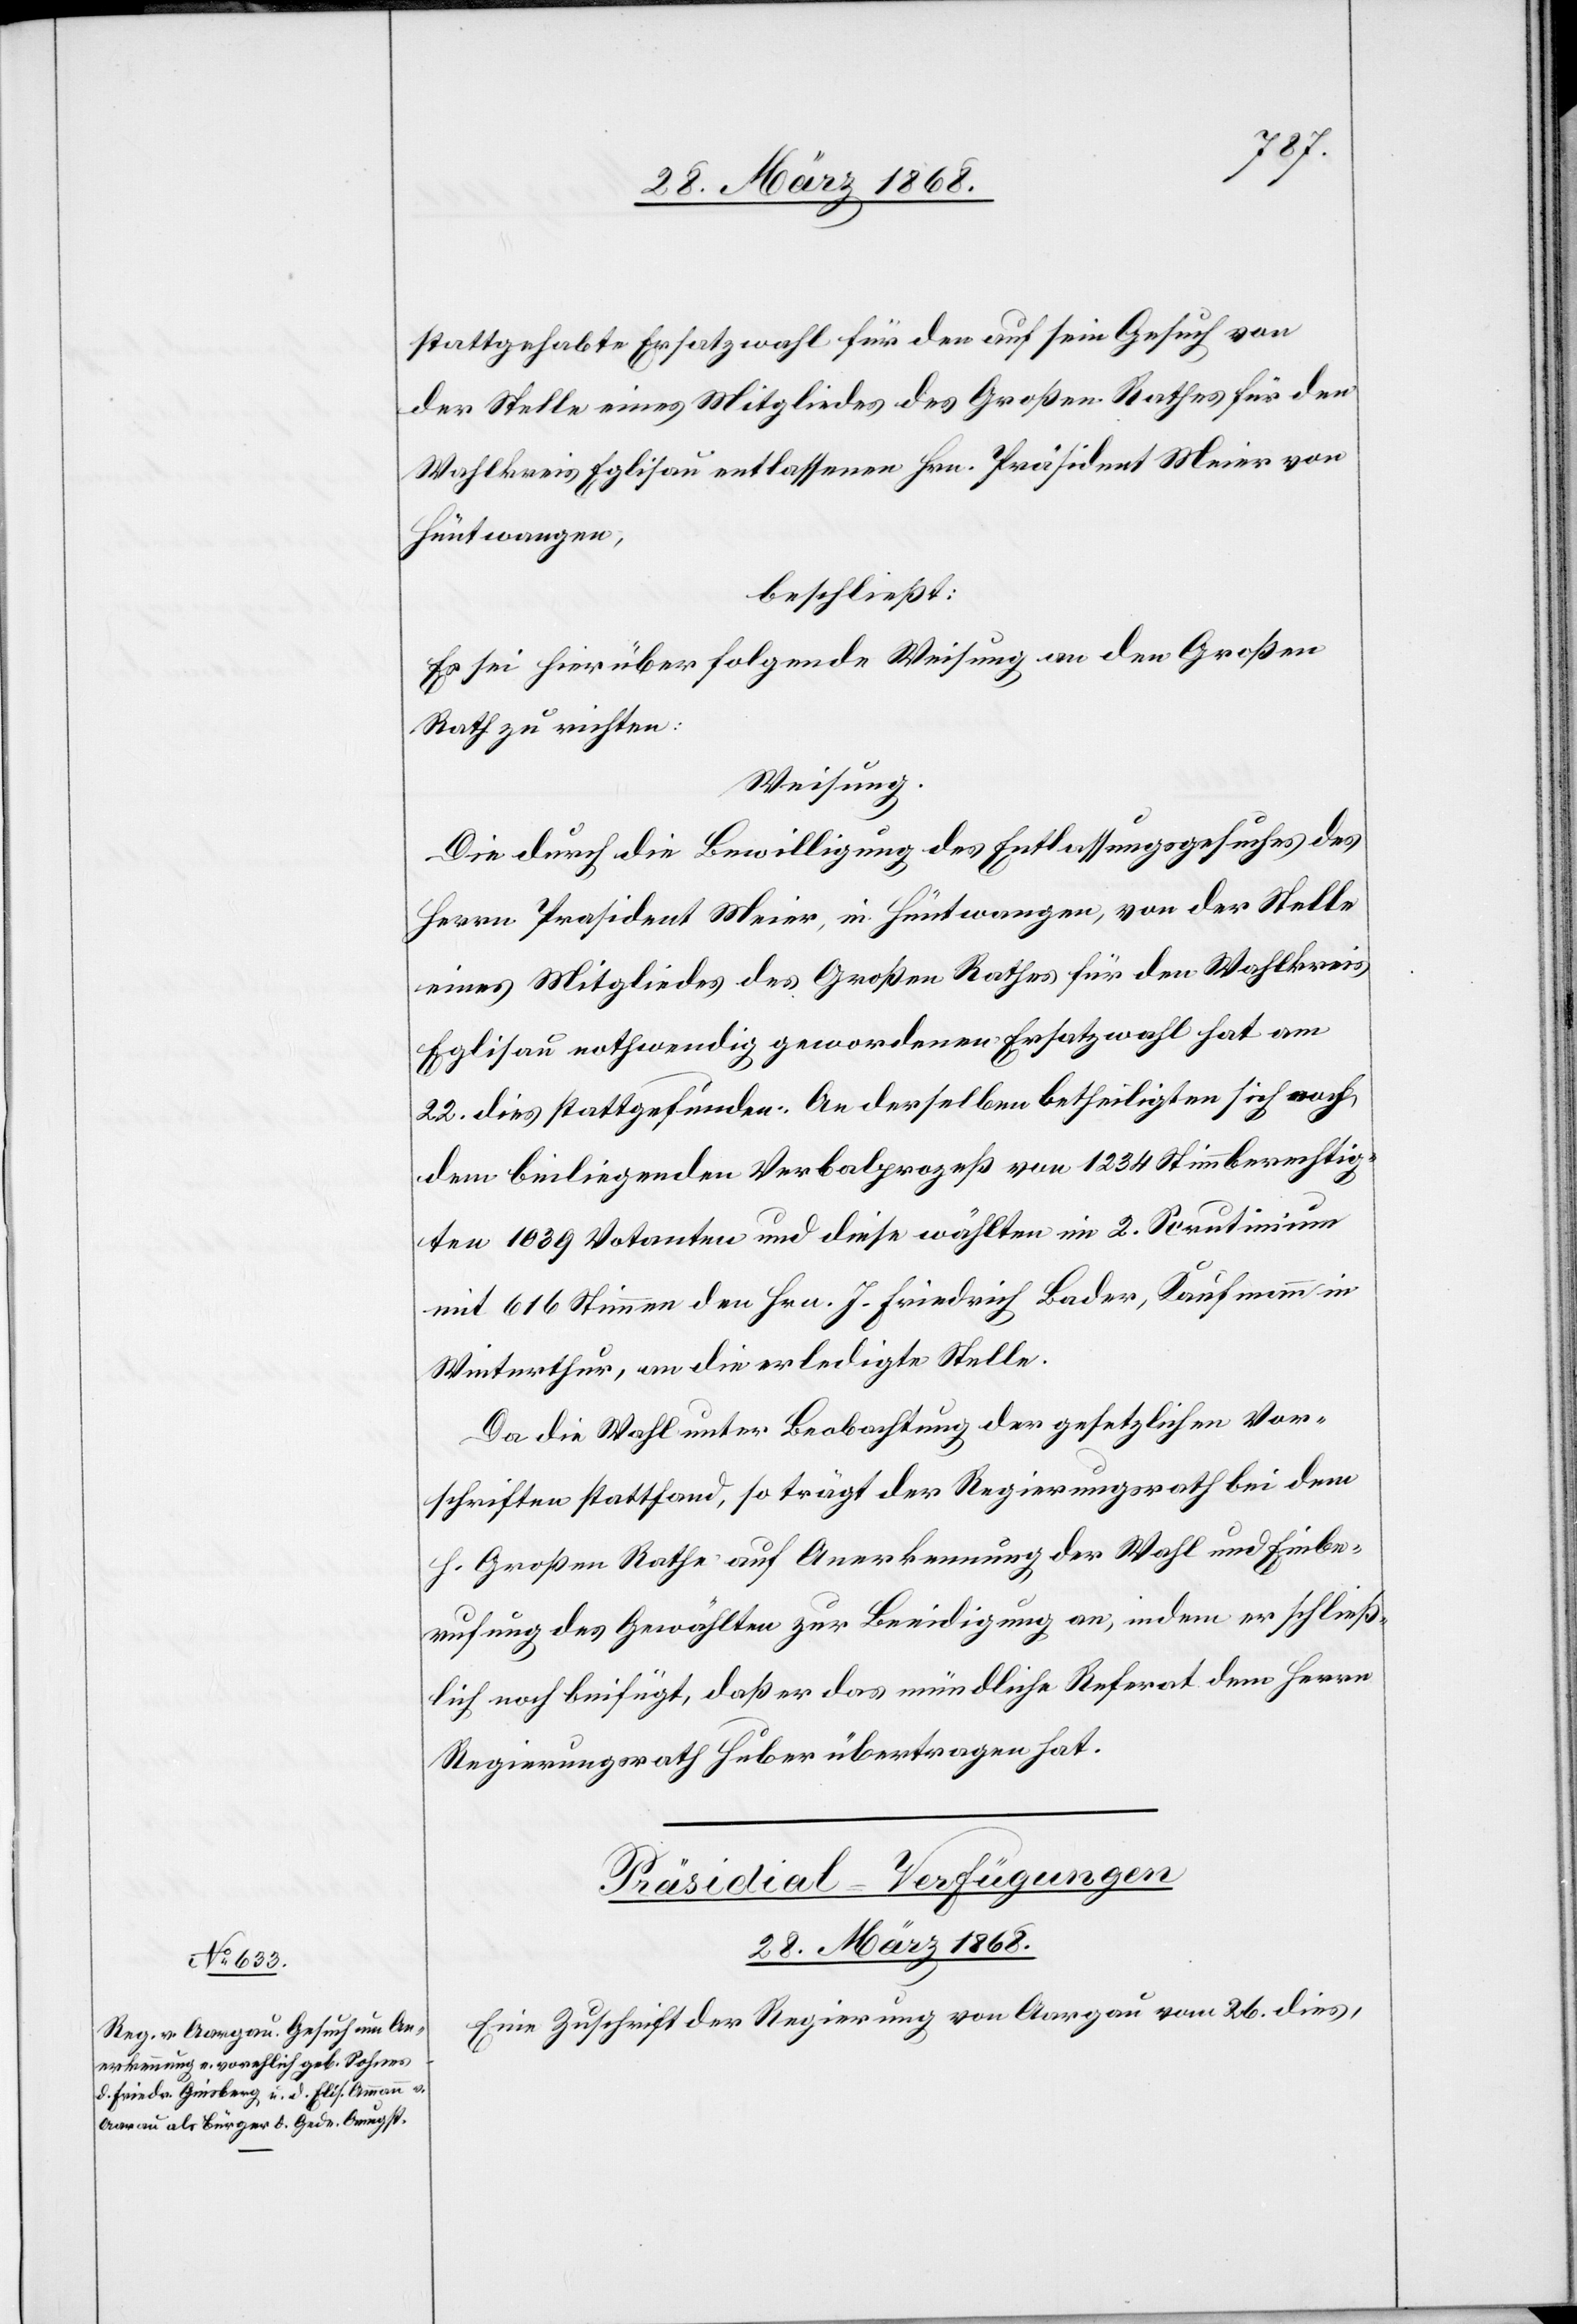
stattgehabte Ersatzwahl für den auf sein Gesuch von
der Stelle eines Mitgliedes des Großen Rathes für den
Wahlkreis Eglisau entlassenen Hrn. Präsident Meier von
Hüntwangen,
beschließt:
Es sei hierüber folgende Weisung an den Großen
Rath zu richten:
Weisung.
Die durch die Bewilligung des Entlassungsgesuches des
Herrn Prasident [sic!] Meier, in Hüntwangen, von der Stelle
eines Mitgliedes des Großen Rathes für den Wahlkreis
Eglisau nothwendig gewordenen Ersatzwahl hat am
22. dies stattgefunden. An derselben betheiligten sich nach
dem beiliegenden Verbalprozeß von 1234 Stimmberechtig¬
ten 1039 Votanten und diese wählten im 2. Scrutinium
mit 616 Stimmen den Hrn. J. Friedrich [sic!] Bader, Kaufmann in
Winterthur, an die erledigte Stelle.
Da die Wahl unter Beobachtung der gesetzlichen Vor¬
schriften stattfand, so trägt der Regierungsrath bei dem
h. Großen Rathe auf Anerkennung der Wahl und Einbe¬
rufung des Gewählten zur Beeidigung an, indem er schließ¬
lich noch beifügt, daß er das mündliche Referat dem Herrn
Regierungsrath Huber übertragen hat.
Präsidial-Verfügungen
28. März 1868.
Eine Zuschrift der Regierung von Aargau vom 26. dies,